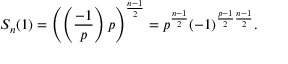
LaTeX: S _ { n } ( 1 ) = \left( \left( { \frac { - 1 } { p } } \right) p \right) ^ { \frac { n - 1 } { 2 } } = p ^ { \frac { n - 1 } { 2 } } ( - 1 ) ^ { { \frac { p - 1 } { 2 } } { \frac { n - 1 } { 2 } } } .